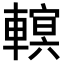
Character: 𨍵